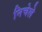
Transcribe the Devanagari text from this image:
निचेले